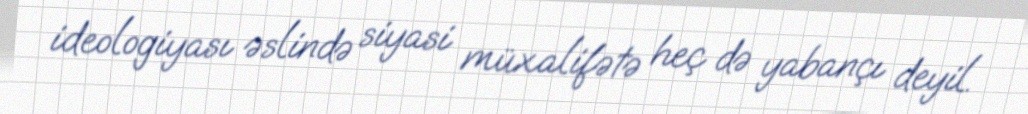
ideologiyası əslində siyasi müxalifətə heç də yabançı deyil.